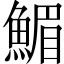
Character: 𩹪